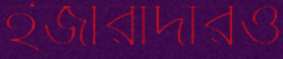
ইজারাদারও